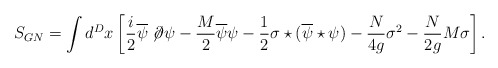
\begin{align*}S_{GN}=\int d^Dx \left [\frac{i}2\overline \psi \not \!\partial \psi - \frac{M}2\overline \psi \psi-\frac12\sigma \star(\overline \psi\star\psi)- \frac{N}{4g}\sigma^2- \frac{N}{2g}M\sigma\right ].\end{align*}